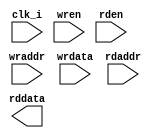
module fetch_ram_2p_64x144 ( 
    clk_i  ,
    wren   ,
    wraddr ,
    wrdata ,
    rden   ,
    rdaddr ,
    rddata 
);
// *****************************************************
//                                                      
//    INPUT / OUTPUT DECLARATION                        
//                                                      
// *****************************************************
input  clk_i                            ;  //clock
input  wren                             ;  //write_enbale
input  [7           :0] wraddr          ;
input  [63          :0] wrdata          ;
input  rden                             ;  //read_enbale 
input  [7           :0] rdaddr          ;
output [63          :0] rddata          ;

// *****************************************************
//                                                      
//    LOGIC   DECLARATION                        
//                                                      
// *****************************************************
`ifdef  RTL_MODEL
rf_2p #( .Word_Width(64), .Addr_Width (8))
    rf_2p_64x144(
	      .clka      (clk_i  )         ,  
	      .cena_i    (~rden  )         ,  //low active 
	      .addra_i   (rdaddr )         ,
	      .dataa_o   (rddata )         ,
	      .clkb      (clk_i  )         ,      
	      .cenb_i    (~wren  )         ,  //low active   
	      .wenb_i    (~wren  )         ,  //low active 
	      .addrb_i   (wraddr )         ,  
	      .datab_i   (wrdata )   
);
`endif

`ifdef FPGA_MODEL
ram_2p_64x144 u_ram_2p_64x144(
	      .clock     ( clk_i  )       ,
	      .wraddress ( wraddr )       ,
	      .wren      ( wren   )       ,  //high active 
	      .data      ( wrdata )       ,
	      .rdaddress ( rdaddr )       ,
	      .rden      ( rden   )       ,  //high active 
	      .q         ( rddata )       
);
`endif 

`ifdef SMIC13_MODEL

`endif

endmodule